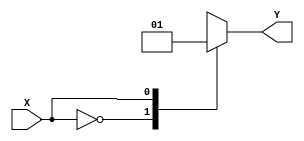
module case_statement(
    input wire X,
    output reg Y
);

always @(*)
begin
    case(X)
        2'b00: Y = 2'b00; // execute this block if X is 00
        2'b01: Y = 2'b01; // execute this block if X is 01
        2'b10: Y = 2'b10; // execute this block if X is 10
        2'b11: Y = 2'b11; // execute this block if X is 11
        default: Y = 2'b00; // default block
    endcase
end

endmodule